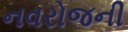
નવરોજની